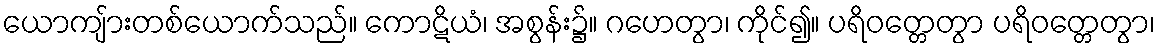
ယောကျ်ားတစ်ယောက်သည်။ ကောဋိယံ၊ အစွန်း၌။ ဂဟေတွာ၊ ကိုင်၍။ ပရိဝတ္တေတွာ ပရိဝတ္တေတွာ၊